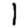
Digit: 1